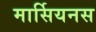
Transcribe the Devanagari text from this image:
मार्सियनस